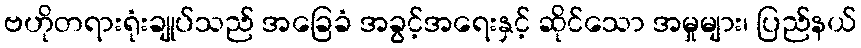
ဗဟိုတရားရုံးချုပ်သည် အခြေခံ အခွင့်အရေးနှင့် ဆိုင်သော အမှုများ၊ ပြည်နယ်